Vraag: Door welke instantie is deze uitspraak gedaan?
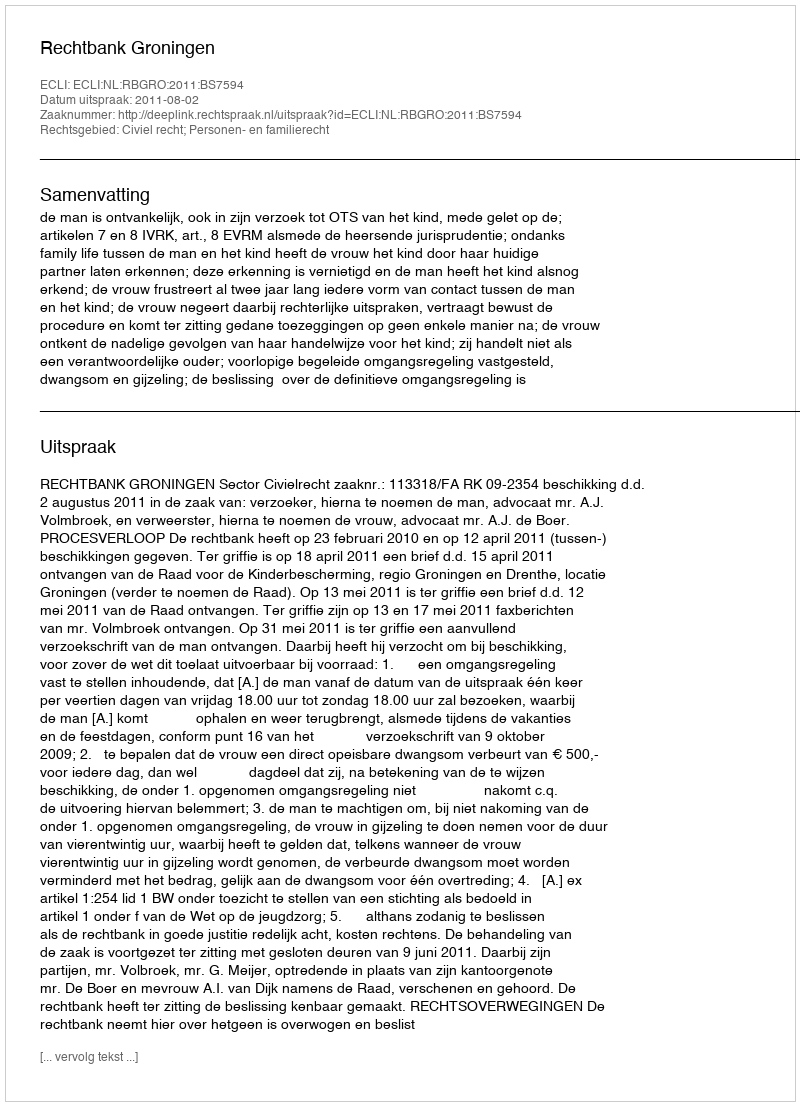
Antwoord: Rechtbank Groningen